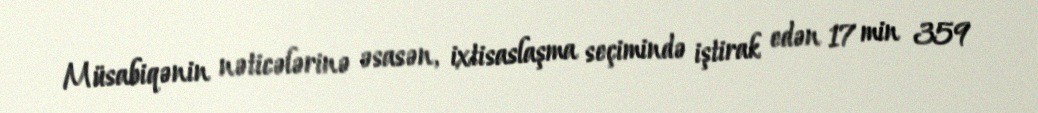
Müsabiqənin nəticələrinə əsasən, ixtisaslaşma seçimində iştirak edən 17 min 359